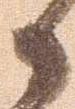
々